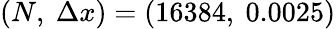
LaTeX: (N,\ \Delta x)=(16384,\ 0.0025)